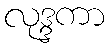
လုဒ္ဒကာ